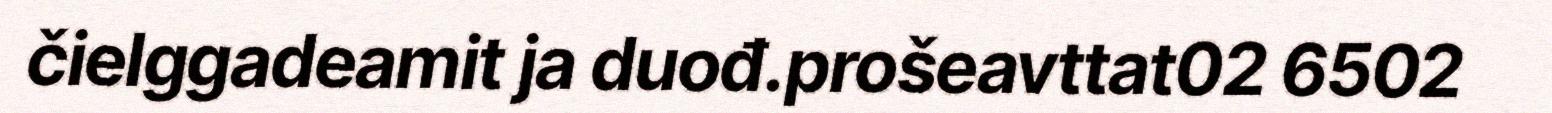
čielggadeamit ja duođ.prošeavttat02 6502